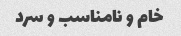
خام و نامناسب و سرد